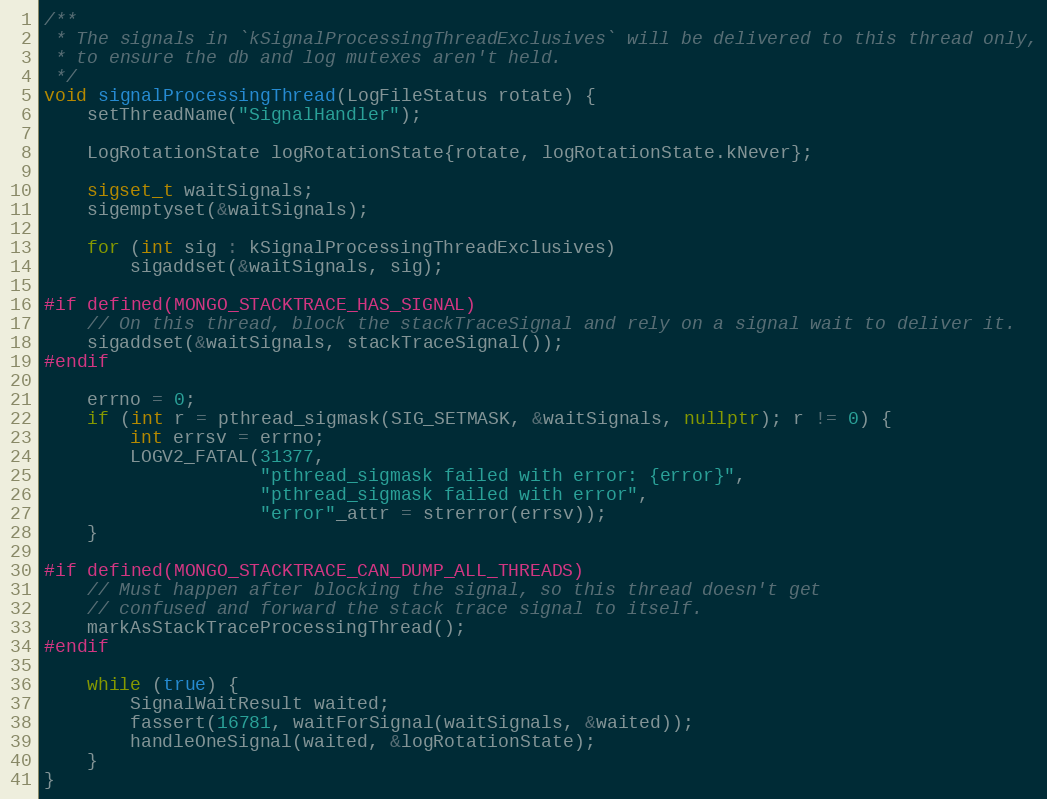
Language: C++
/**
 * The signals in `kSignalProcessingThreadExclusives` will be delivered to this thread only,
 * to ensure the db and log mutexes aren't held.
 */
void signalProcessingThread(LogFileStatus rotate) {
    setThreadName("SignalHandler");

    LogRotationState logRotationState{rotate, logRotationState.kNever};

    sigset_t waitSignals;
    sigemptyset(&waitSignals);

    for (int sig : kSignalProcessingThreadExclusives)
        sigaddset(&waitSignals, sig);

#if defined(MONGO_STACKTRACE_HAS_SIGNAL)
    // On this thread, block the stackTraceSignal and rely on a signal wait to deliver it.
    sigaddset(&waitSignals, stackTraceSignal());
#endif

    errno = 0;
    if (int r = pthread_sigmask(SIG_SETMASK, &waitSignals, nullptr); r != 0) {
        int errsv = errno;
        LOGV2_FATAL(31377,
                    "pthread_sigmask failed with error: {error}",
                    "pthread_sigmask failed with error",
                    "error"_attr = strerror(errsv));
    }

#if defined(MONGO_STACKTRACE_CAN_DUMP_ALL_THREADS)
    // Must happen after blocking the signal, so this thread doesn't get
    // confused and forward the stack trace signal to itself.
    markAsStackTraceProcessingThread();
#endif

    while (true) {
        SignalWaitResult waited;
        fassert(16781, waitForSignal(waitSignals, &waited));
        handleOneSignal(waited, &logRotationState);
    }
}